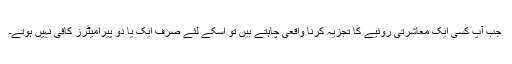
جب آپ کسی ایک معاشرتی روئیے کا تجزیہ کرنا واقعی چاہتے ہیں تو اسکے لئے صرف ایک یا دو پیرامیٹرز کافی نہیں ہوتے۔